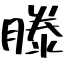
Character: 滕